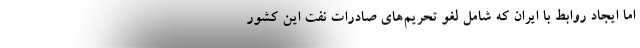
اما ایجاد روابط با ایران که شامل لغو تحریم‌های صادرات نفت این کشور